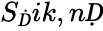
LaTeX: S_{Ḋ}ik,nḌ